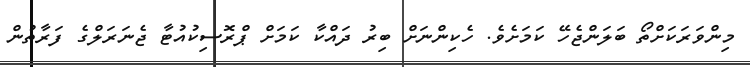
މިންވަރަކަށްތޯ ބަލަންޖެހޭ ކަމަށެވެ. ހެކިންނަށް ބިރު ދައްކާ ކަމަށް ޕްރޮސިކުއުޓާ ޖެނަރަލްގެ ފަރާތުން